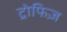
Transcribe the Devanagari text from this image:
ट्रोफिज़